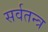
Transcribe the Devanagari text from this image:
सर्वतन्त्र